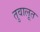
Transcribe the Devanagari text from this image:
तुवालूत